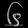
Digit: ၆